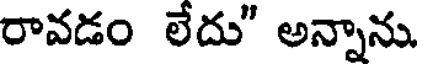
రావడం లేదు" అన్నాను